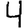
Digit: 4